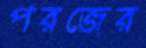
পরজের